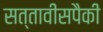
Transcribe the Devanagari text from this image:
सत्तावीसपैकी